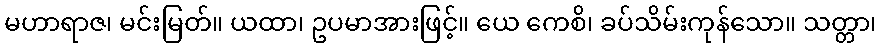
မဟာရာဇ၊ မင်းမြတ်။ ယထာ၊ ဥပမာအားဖြင့်။ ယေ ကေစိ၊ ခပ်သိမ်းကုန်သော။ သတ္တာ၊